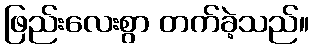
ဖြည်းလေးစွာ တက်ခဲ့သည်။